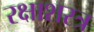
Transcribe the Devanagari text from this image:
रक्षाशस्त्र